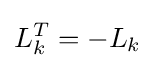
L_{k}^{T}=-L_{k}